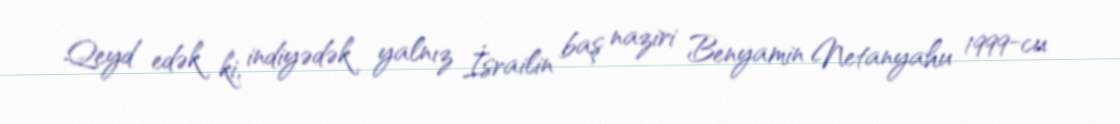
Qeyd edək ki, indiyədək yalnız İsrailin baş naziri Benyamin Netanyahu 1999-cu